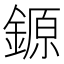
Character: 𨪛